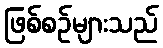
ဖြစ်စဉ်များသည်